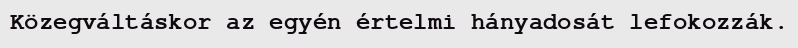
Közegváltáskor az egyén értelmi hányadosát lefokozzák.